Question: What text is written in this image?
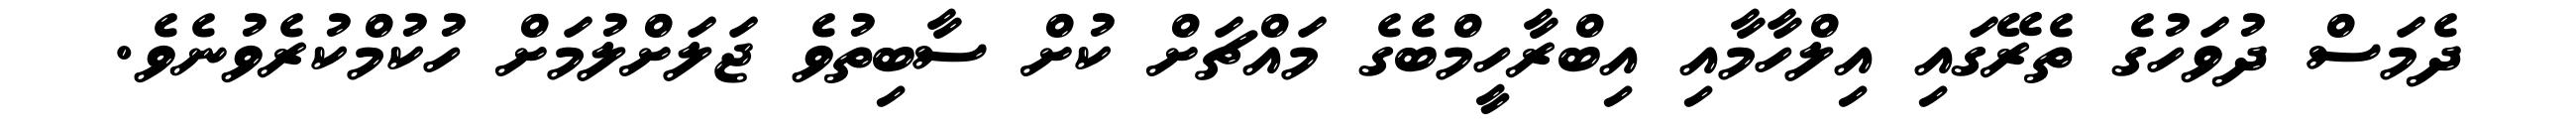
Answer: ދެމަސް ދުވަހުގެ ތެރޭގައި އިލްހާމާއި އިބްރާހީމްބެގެ މައްޗަށް ކުށް ސާބިތުވެ ޖަލަށްލުމަށް ހުކުމްކުރެވުނެވެ.